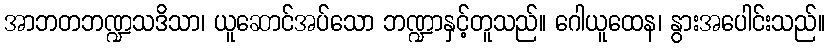
အာဘတဘဏ္ဍသဒိသာ၊ ယူဆောင်အပ်သော ဘဏ္ဍာနှင့်တူသည်။ ဂေါယူထေန၊ နွားအပေါင်းသည်။